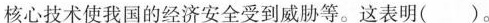
核心技术使我国的经济安全受到威胁等。这表明( )。